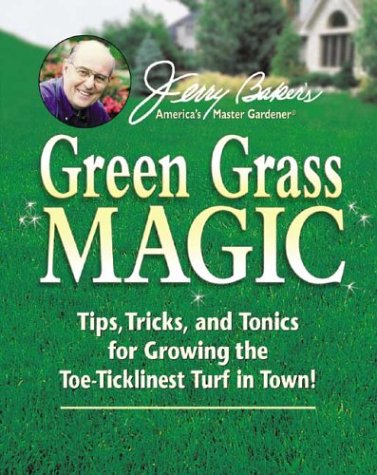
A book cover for Jerry Baker's Green Grass Magic: Tips, Tricks, and Tonics for Growing the Toe-Ticklinest Turf in Town! (Jerry Baker's Good Gardening series) (Jerry Baker Good Gardening series); Jerry Baker; Crafts, Hobbies & Home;